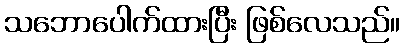
သဘောပေါက်ထားပြီး ဖြစ်လေသည်။